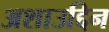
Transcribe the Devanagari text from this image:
अशाउद्दिन